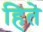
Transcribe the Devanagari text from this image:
हिते